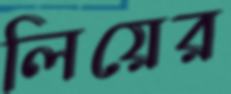
লিয়ের